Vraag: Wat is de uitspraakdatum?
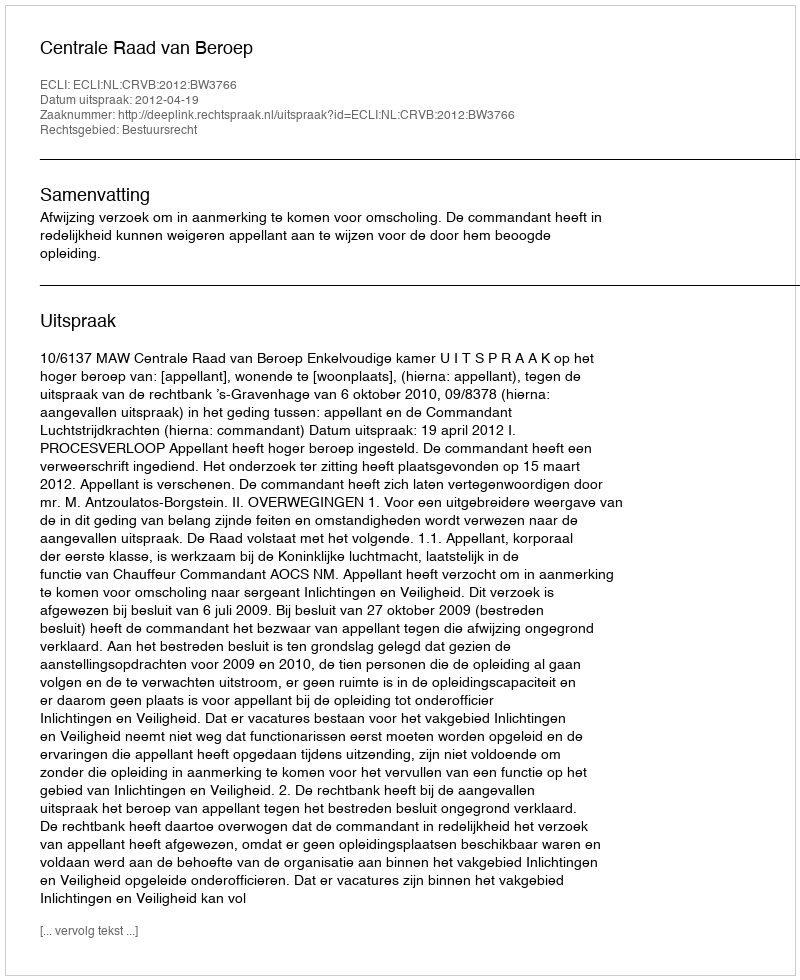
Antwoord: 2012-04-19